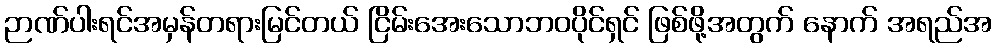
ဉာဏ်ပါးရင်အမှန်တရားမြင်တယ် ငြိမ်းအေးသောဘဝပိုင်ရှင် ဖြစ်ဖို့အတွက် နောက် အရည်အ